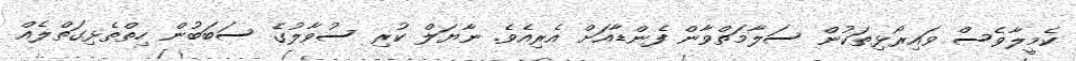
ކެމީލާވެސް ވައިރޯޅިތަކުން ސަލާމަތްވާން ފެންޑާއަށް އެރިއެވެ. ނާޔަލް ކުރި ސުވާލުގެ ސަބަބުން ހިތްތެޅިގަތްލެއް